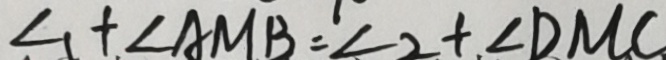
\angle 1 + \angle A M B = \angle 2 + \angle D M C